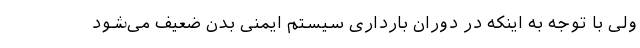
ولی با توجه به اینکه در دوران بارداری سیستم ایمنی بدن ضعیف می‌شود